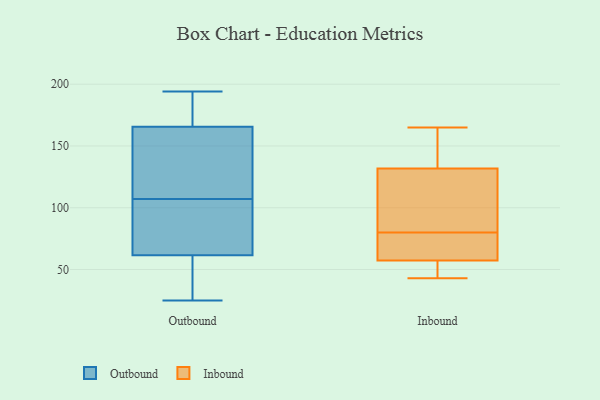
{"axis": {"x": "Temperature (°C)", "y": "Value"}, "legend": ["Inbound", "Outbound"], "data": [{"x": "", "y": 129, "type": "Outbound"}, {"x": "", "y": 112, "type": "Outbound"}, {"x": "", "y": 84, "type": "Outbound"}, {"x": "", "y": 47, "type": "Outbound"}, {"x": "", "y": 131, "type": "Outbound"}, {"x": "", "y": 184, "type": "Outbound"}, {"x": "", "y": 25, "type": "Outbound"}, {"x": "", "y": 175, "type": "Outbound"}, {"x": "", "y": 78, "type": "Outbound"}, {"x": "", "y": 194, "type": "Outbound"}, {"x": "", "y": 174, "type": "Outbound"}, {"x": "", "y": 107, "type": "Outbound"}, {"x": "", "y": 66, "type": "Outbound"}, {"x": "", "y": 42, "type": "Outbound"}, {"x": "", "y": 140, "type": "Outbound"}, {"x": "", "y": 60, "type": "Outbound"}, {"x": "", "y": 176, "type": "Outbound"}, {"x": "", "y": 36, "type": "Outbound"}, {"x": "", "y": 88, "type": "Outbound"}, {"x": "", "y": 80, "type": "Inbound"}, {"x": "", "y": 59, "type": "Inbound"}, {"x": "", "y": 139, "type": "Inbound"}, {"x": "", "y": 138, "type": "Inbound"}, {"x": "", "y": 43, "type": "Inbound"}, {"x": "", "y": 165, "type": "Inbound"}, {"x": "", "y": 149, "type": "Inbound"}, {"x": "", "y": 112, "type": "Inbound"}, {"x": "", "y": 107, "type": "Inbound"}, {"x": "", "y": 57, "type": "Inbound"}, {"x": "", "y": 58, "type": "Inbound"}, {"x": "", "y": 60, "type": "Inbound"}, {"x": "", "y": 48, "type": "Inbound"}, {"x": "", "y": 113, "type": "Inbound"}, {"x": "", "y": 56, "type": "Inbound"}]}